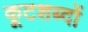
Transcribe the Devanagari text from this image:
कूटशब्दों